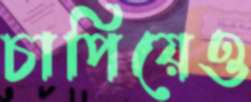
চাপিয়েও